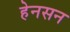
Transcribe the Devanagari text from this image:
हेनसन